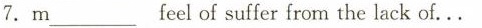
7.m___feel of suffer from the lack of…